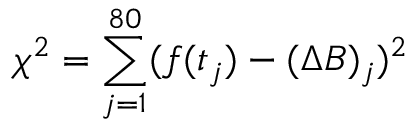
\chi ^ { 2 } = \sum _ { j = 1 } ^ { 8 0 } ( f ( t _ { j } ) - ( \Delta B ) _ { j } ) ^ { 2 }